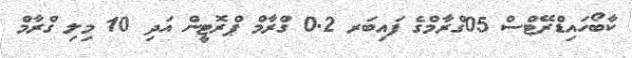
ކާބޯހައިޑްރޭޓްސް 05ގްރާމްގެ ފައިބަރ 0.2 ގްރާމް ޕްރޮޓީން އަދި 10 މިލި ގްރާމް